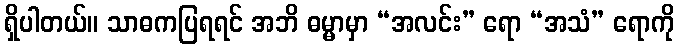
ရှိပါတယ်။ သာဓကပြရရင် အဘိ ဓမ္မာမှာ “အလင်း” ရော “အသံ” ရောကို